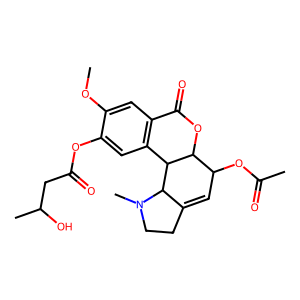
SMILES: COc1cc2c(cc1OC(=O)CC(C)O)C1C(OC2=O)C(OC(C)=O)C=C2CCN(C)C21
Inhibits HIV replication: No